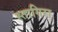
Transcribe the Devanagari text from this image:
स्तागिरा